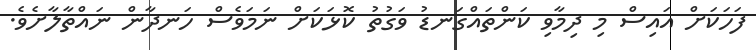
ފަހަކަށް އައިސް މި ދިމާވި ކަންތައްގަނޑު ވަގުތު ކޮޅަކަށް ނަމަވެސް ހަނދާން ނައްތާލާށެވެ.